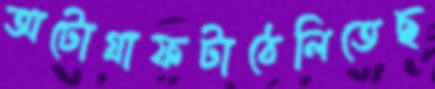
অটোগ্রাফটাঠেলিতেছ